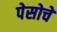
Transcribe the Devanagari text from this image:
पेसोचे